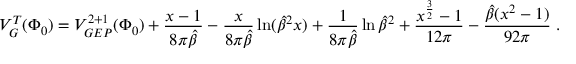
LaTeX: V _ { G } ^ { T } ( \Phi _ { 0 } ) = V _ { G E P } ^ { 2 + 1 } ( \Phi _ { 0 } ) + \frac { x - 1 } { 8 \pi \hat { \beta } } - { \frac { x } { 8 \pi \hat { \beta } } } \ln ( { \hat { \beta } } ^ { 2 } x ) + { \frac { 1 } { 8 \pi \hat { \beta } } } \ln { \hat { \beta } } ^ { 2 } + \frac { x ^ { \frac { 3 } { 2 } } - 1 } { 1 2 \pi } - \frac { \hat { \beta } ( x ^ { 2 } - 1 ) } { 9 2 \pi } \; .